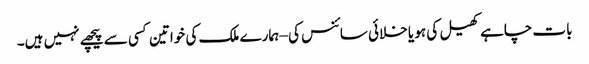
بات چاہے کھیل کی ہو یا خلائی سائنس کی – ہمارے ملک کی خواتین کسی سے پیچھے نہیں ہیں۔